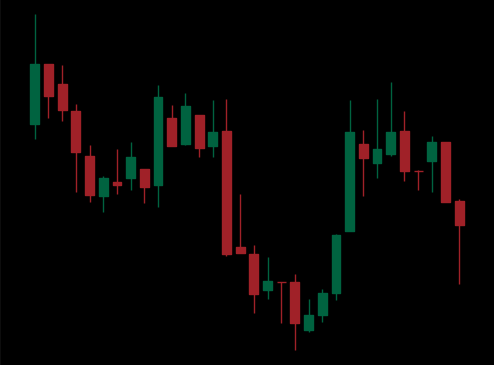
Pattern: inverse_head_shoulders